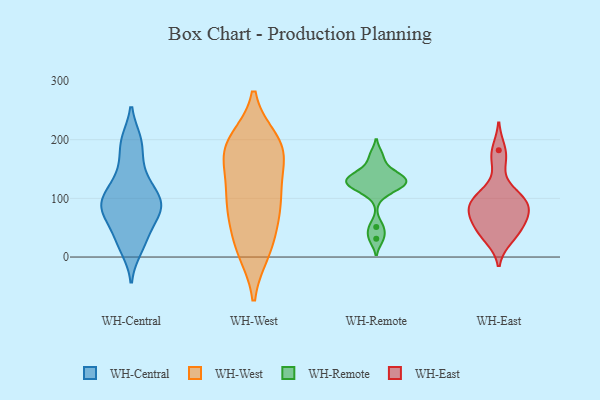
{"axis": {"x": "Humidity (%)", "y": "Value"}, "legend": ["WH-Central", "WH-East", "WH-Remote", "WH-West"], "data": [{"x": "", "y": 14, "type": "WH-Central"}, {"x": "", "y": 196, "type": "WH-Central"}, {"x": "", "y": 87, "type": "WH-Central"}, {"x": "", "y": 105, "type": "WH-Central"}, {"x": "", "y": 131, "type": "WH-Central"}, {"x": "", "y": 27, "type": "WH-Central"}, {"x": "", "y": 84, "type": "WH-Central"}, {"x": "", "y": 83, "type": "WH-Central"}, {"x": "", "y": 86, "type": "WH-Central"}, {"x": "", "y": 69, "type": "WH-Central"}, {"x": "", "y": 112, "type": "WH-Central"}, {"x": "", "y": 156, "type": "WH-Central"}, {"x": "", "y": 198, "type": "WH-Central"}, {"x": "", "y": 43, "type": "WH-Central"}, {"x": "", "y": 76, "type": "WH-West"}, {"x": "", "y": 186, "type": "WH-West"}, {"x": "", "y": 198, "type": "WH-West"}, {"x": "", "y": 188, "type": "WH-West"}, {"x": "", "y": 10, "type": "WH-West"}, {"x": "", "y": 67, "type": "WH-West"}, {"x": "", "y": 180, "type": "WH-West"}, {"x": "", "y": 20, "type": "WH-West"}, {"x": "", "y": 91, "type": "WH-West"}, {"x": "", "y": 128, "type": "WH-West"}, {"x": "", "y": 187, "type": "WH-West"}, {"x": "", "y": 171, "type": "WH-West"}, {"x": "", "y": 119, "type": "WH-West"}, {"x": "", "y": 94, "type": "WH-West"}, {"x": "", "y": 15, "type": "WH-West"}, {"x": "", "y": 110, "type": "WH-Remote"}, {"x": "", "y": 51, "type": "WH-Remote"}, {"x": "", "y": 173, "type": "WH-Remote"}, {"x": "", "y": 148, "type": "WH-Remote"}, {"x": "", "y": 128, "type": "WH-Remote"}, {"x": "", "y": 125, "type": "WH-Remote"}, {"x": "", "y": 124, "type": "WH-Remote"}, {"x": "", "y": 131, "type": "WH-Remote"}, {"x": "", "y": 138, "type": "WH-Remote"}, {"x": "", "y": 31, "type": "WH-Remote"}, {"x": "", "y": 73, "type": "WH-East"}, {"x": "", "y": 48, "type": "WH-East"}, {"x": "", "y": 70, "type": "WH-East"}, {"x": "", "y": 108, "type": "WH-East"}, {"x": "", "y": 93, "type": "WH-East"}, {"x": "", "y": 102, "type": "WH-East"}, {"x": "", "y": 77, "type": "WH-East"}, {"x": "", "y": 97, "type": "WH-East"}, {"x": "", "y": 182, "type": "WH-East"}, {"x": "", "y": 32, "type": "WH-East"}, {"x": "", "y": 165, "type": "WH-East"}, {"x": "", "y": 51, "type": "WH-East"}, {"x": "", "y": 37, "type": "WH-East"}, {"x": "", "y": 86, "type": "WH-East"}]}